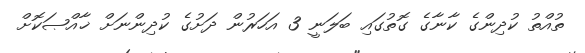
ތުއްތު ކުދިންގެ ކާނާގެ ގޮތުގައި ބަލަނީ 3 އަހަރުން ދަށުގެ ކުދިންނަށް ޚާއްޞަކޮށް